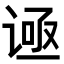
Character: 𬤅